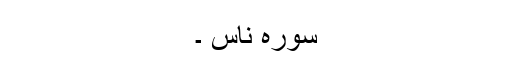
سورہ ناس ۔